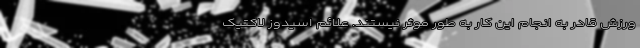
ورزش قادر به انجام این کار به طور موثر نیستند. علائم اسیدوز لاکتیک